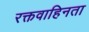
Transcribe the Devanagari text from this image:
रक्तवाहिनता